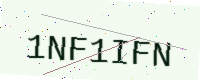
Text: 1NF1IFN